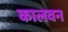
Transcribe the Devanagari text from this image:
कालवन